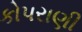
કોપરાણી